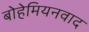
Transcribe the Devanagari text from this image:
बोहेमियनवाद